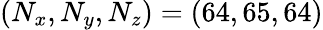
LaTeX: (N_{x},N_{y},N_{z})=(64,65,64)